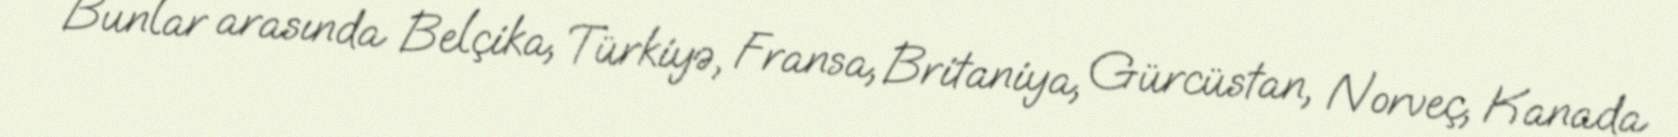
Bunlar arasında Belçika, Türkiyə, Fransa, Britaniya, Gürcüstan, Norveç, Kanada